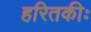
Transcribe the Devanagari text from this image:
हरितकीः